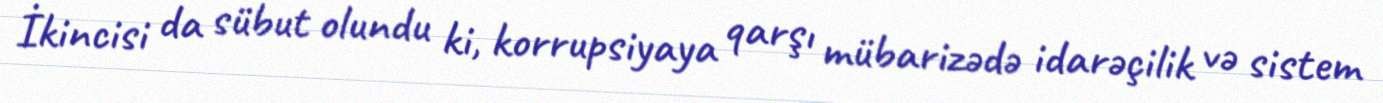
İkincisi da sübut olundu ki, korrupsiyaya qarşı mübarizədə idarəçilik və sistem